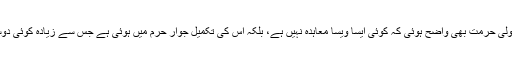
دوسری طرف اِس سے اُس کی غیر معمولی حرمت بھی واضح ہوئی کہ کوئی ایسا ویسا معاہدہ نہیں ہے، بلکہ اِس کی تکمیل جوار حرم میں ہوئی ہے جس سے زیادہ کوئی دوسری جگہ مقدس و محترم نہیں ہو سکتی۔